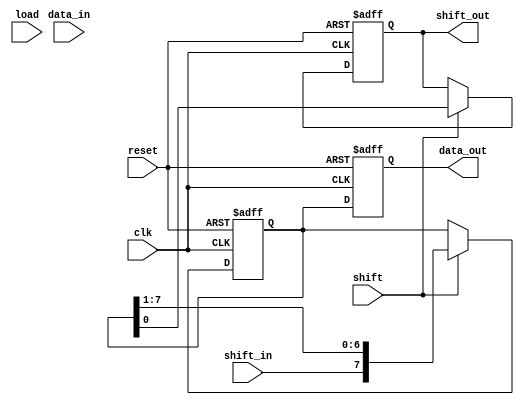
module parameterized_shift_register #(
    parameter WIDTH = 8,            // Number of bits in the shift register
    parameter MODE = 0              // 0: SIPO, 1: PISO, 2: Simple Shift
)(
    input wire clk,                 // Clock signal
    input wire reset,               // Asynchronous reset
    input wire [WIDTH-1:0] data_in, // Parallel input data (PISO mode)
    input wire shift_in,            // Serial input data (SIPO mode)
    input wire load,                // Control signal to load data (PISO mode)
    input wire shift,               // Control signal to shift data
    output reg [WIDTH-1:0] data_out, // Output data (SIPO mode)
    output reg shift_out            // Serial output data (SIPO mode)
);

    // Internal register to store the shift register state
    reg [WIDTH-1:0] shift_reg;

    always @(posedge clk or posedge reset) begin
        if (reset) begin
            // On reset, clear the shift register
            shift_reg <= {WIDTH{1'b0}};
            data_out <= {WIDTH{1'b0}};
            shift_out <= 1'b0;
        end else begin
            // Shift register functionality based on mode
            case (MODE)
                0: begin // SIPO mode
                    if (shift) begin
                        // Shift data to the right and capture serial input
                        shift_out <= shift_reg[0];
                        shift_reg <= {shift_in, shift_reg[WIDTH-1:1]};
                    end
                    data_out <= shift_reg; // Parallel output
                end

                1: begin // PISO mode
                    if (load) begin
                        // Load parallel data into the shift register
                        shift_reg <= data_in;
                    end else if (shift) begin
                        // Shift data out serially
                        shift_out <= shift_reg[WIDTH-1];
                        shift_reg <= {1'b0, shift_reg[WIDTH-1:1]};
                    end
                    // data_out is not used in this mode
                end

                2: begin // Simple Shift mode
                    if (shift) begin
                        // Shift to the right (can be modified for left if needed)
                        shift_out <= shift_reg[0];
                        shift_reg <= {1'b0, shift_reg[WIDTH-1:1]};
                    end
                    data_out <= shift_reg; // Parallel output (if needed)
                end

                default: begin
                    shift_reg <= shift_reg; // Default case (no operation)
                end
            endcase
        end
    end
endmodule